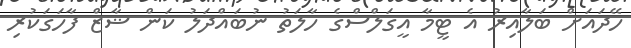
ހޭދައަށް ބަލާއިރު އެ ޓީމާ އީގަލްސްގެ ހާލަތު ނުބައްދަލު ކަން ޝާޒް ފާހަގަކުރި